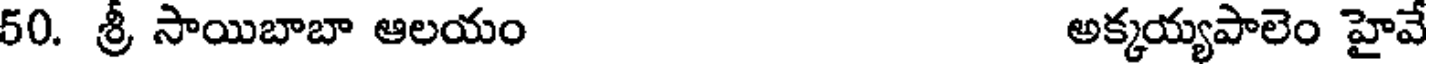
50. శ్రీ సాయిబాబా ఆలయం అక్కయ్యపాలెం హైవే